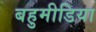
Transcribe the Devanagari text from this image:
बहुमीडिया